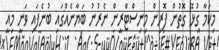
މިކަމާ ގުޅޭ ގޮތުން ފޮރިން މިނިސްޓްރީން ނެރުނު ބަޔާނެއްގައި ބުނެފައި ވަނީ މިއީ